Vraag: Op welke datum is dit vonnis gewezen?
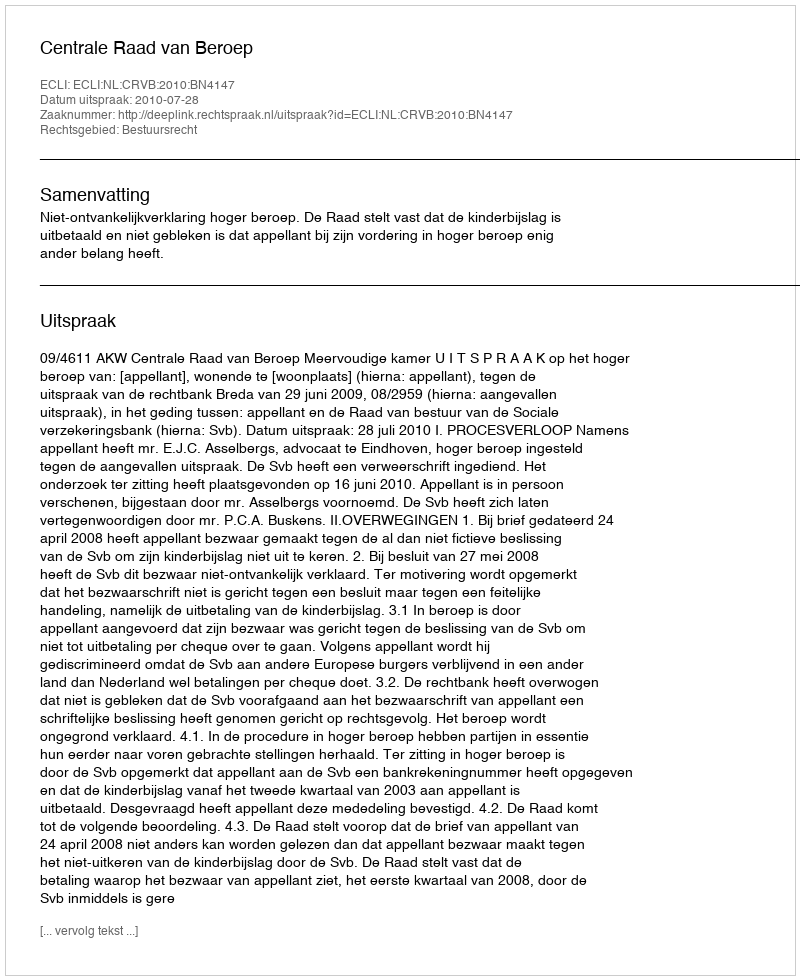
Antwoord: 2010-07-28